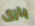
بارى